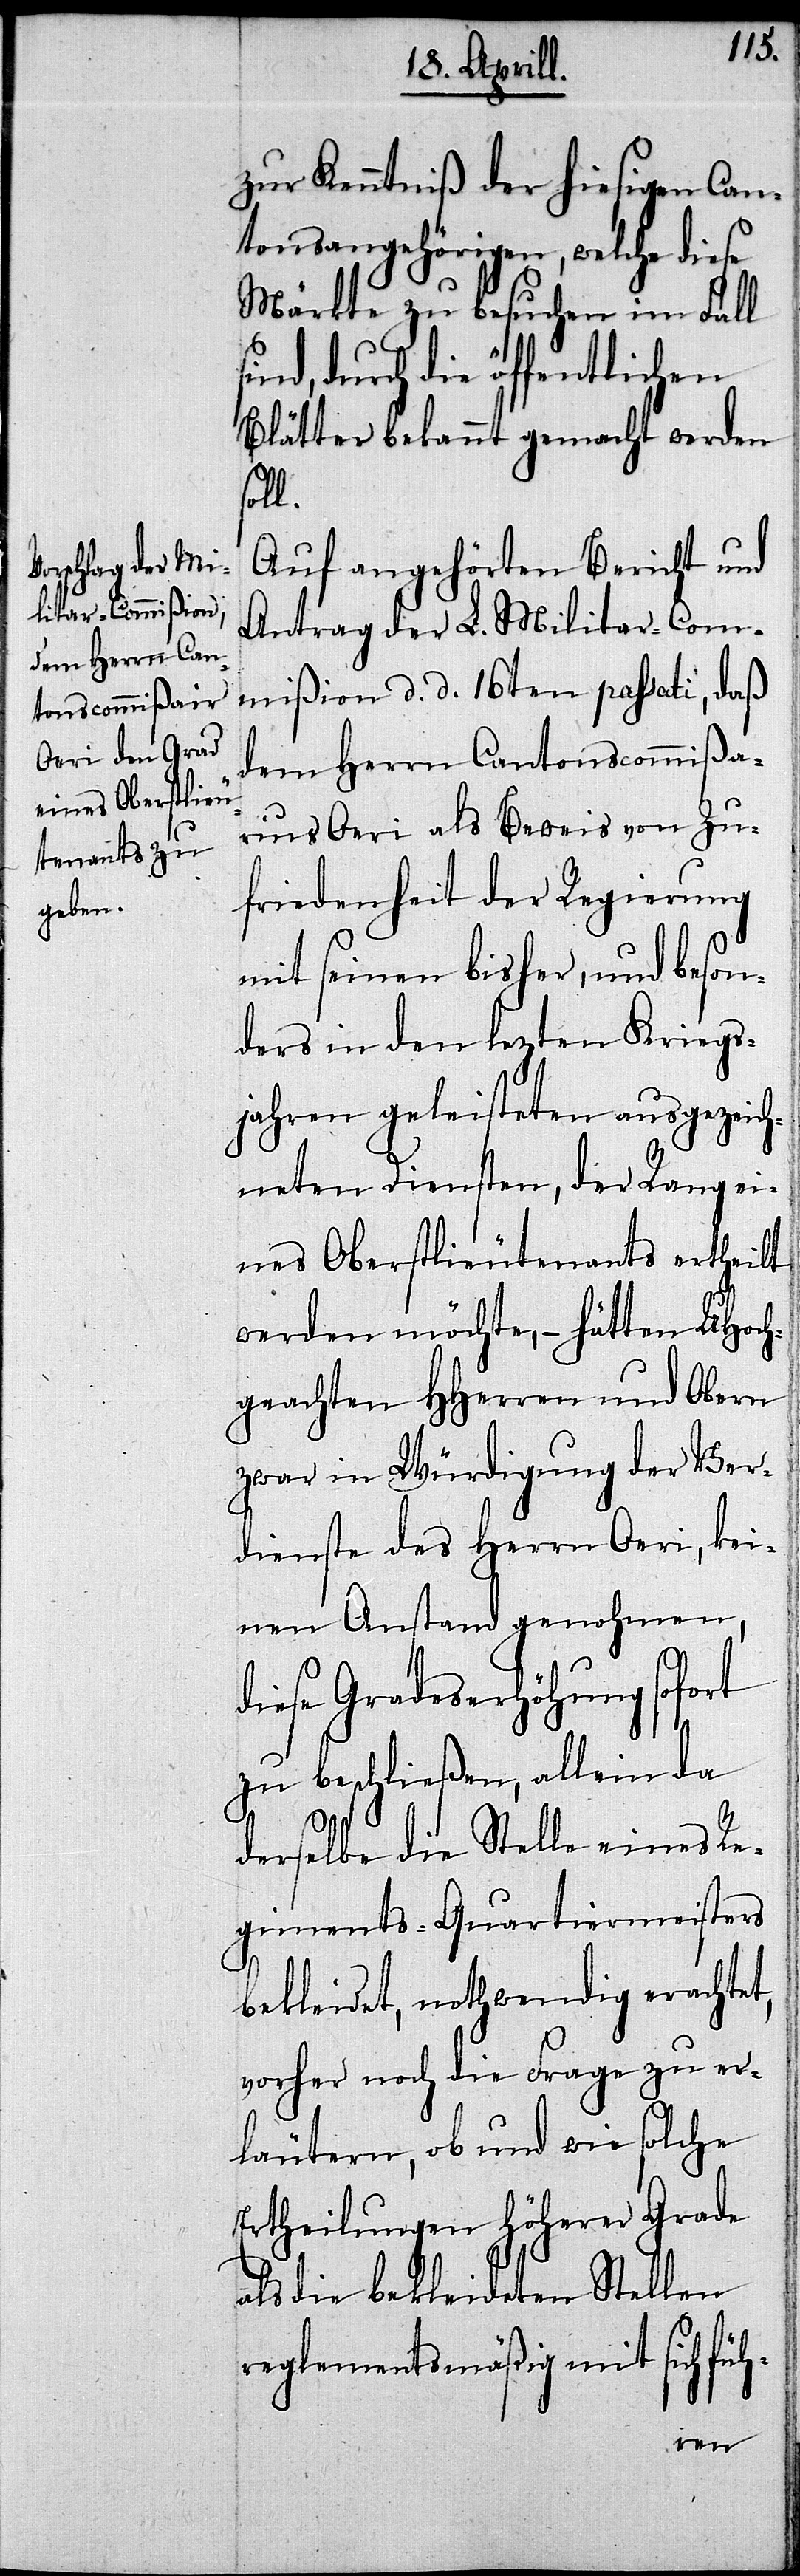
s¬
zur Kenntniß der hiesigen Can¬
tonsangehörigen, welche diese
Märkte zu besuchen im Fall
ind, durch die öffentlichen
Blätter bekannt gemacht werden
soll.
Auf angehörten Bericht und
Antrag der L. Militar-Com¬
mißion d. d. 16ten passati, daß
dem Herrn Cantonscommißa¬
rius Oeri als Beweis von Zu¬
friedenheit der Regierung
mit seinen bisher, und beson¬
ders in den lezten Kriegs¬
jahren geleitsteten ausgezeich¬
neten Diensten, der Rang ei¬
nes Oberstlieutenants ertheilt
werden möchte,– hätten UHoch¬
geachten HHerren und Ober
zwar in Würdigung der Ver¬
dienste des Herrn Oeri, kei¬
nen Anstand genohmen,
diese Gradeserhöhung sofort
zu beschließen, allein da
derselbe die Stelle eines Re¬
giments-Quartiermeisters
bekleidet, nothwendig erachtet,
vorher noch die Frage zu er¬
läutern, ob und wie solche
Ertheilung höherer Grade
als die bekleideten Stellen
reglementsmäßig mit sich füh-